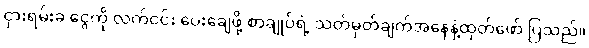
ငှားရမ်းခ ငွေကို လက်ငင်း ပေးချေဖို့ စာချုပ်ရဲ့ သတ်မှတ်ချက်အနေနဲ့ထုတ်ဖော် ပြသည်။